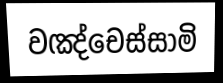
වඤ්චෙස්සාමි